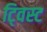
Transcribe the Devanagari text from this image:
टि्वस्ट